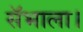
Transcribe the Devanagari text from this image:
सॅभाला।